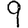
Digit: 9